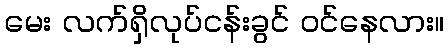
မေး လက်ရှိလုပ်ငန်းခွင် ဝင်နေလား။